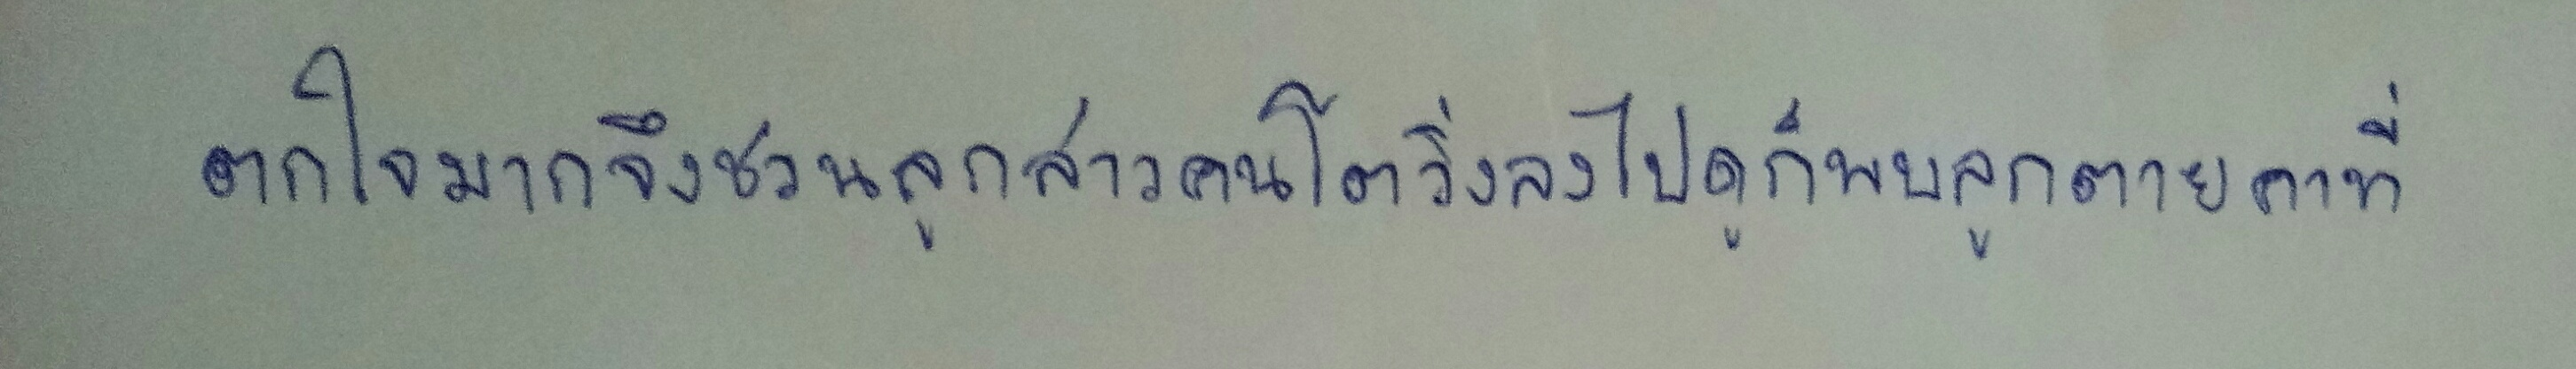
ตกใจมากจึงชวนลูกสาวคนโตวิ่งลงไปดูก็พบลูกตายคาที่